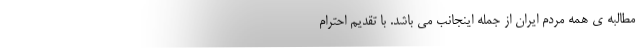
مطالبه ی همه مردم ایران از جمله اینجانب می باشد. با تقدیم احترام